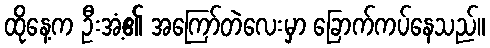
ထိုနေ့က ဦးအံ့၏ အကြော်တဲလေးမှာ ခြောက်ကပ်နေသည်။